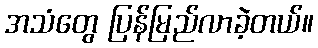
အသံတွေ ပြန်မြည်လာခဲ့တယ်။